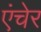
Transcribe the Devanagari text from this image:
एंचेर